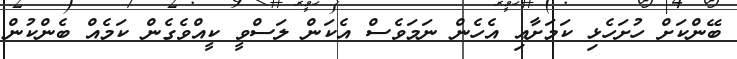
ބޭންކަށް ހުށަހެޅި ކަމަށާއި އެހެން ނަމަވެސް އެކަން ލަސްވީ ކީއްވެގެން ކަމެއް ބެންކުން